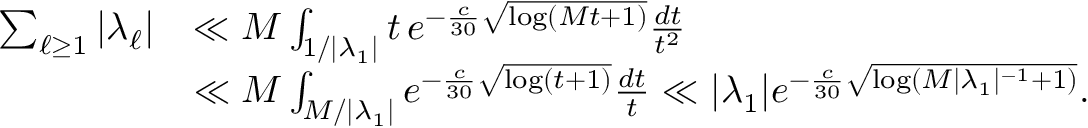
\begin{array} { r l } { \sum _ { \ell \ge 1 } | \lambda _ { \ell } | } & { \ll M \int _ { 1 / | \lambda _ { 1 } | } t \, e ^ { - \frac { c } { 3 0 } \sqrt { \log ( M t + 1 ) } } \frac { d t } { t ^ { 2 } } } \\ & { \ll M \int _ { M / | \lambda _ { 1 } | } e ^ { - \frac { c } { 3 0 } \sqrt { \log ( t + 1 ) } } \frac { d t } { t } \ll | \lambda _ { 1 } | e ^ { - \frac { c } { 3 0 } \sqrt { \log ( M | \lambda _ { 1 } | ^ { - 1 } + 1 ) } } . } \end{array}